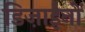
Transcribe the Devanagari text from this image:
डिज़ाईनों